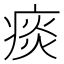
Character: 痰